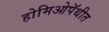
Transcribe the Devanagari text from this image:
होमिओपॅथीत